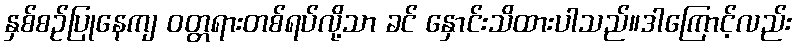
နှစ်စဉ်ပြုနေကျ ဝတ္တရားတစ်ရပ်လို့သာ ခင် နှောင်းသိထားပါသည်။ဒါကြောင့်လည်း